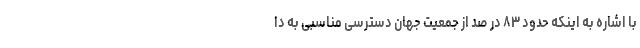
با اشاره به اینکه حدود ٨٣ در صد از جمعیت جهان دسترسی مناسبی به دا